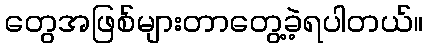
တွေအဖြစ်များတာတွေ့ခဲ့ရပါတယ်။